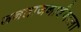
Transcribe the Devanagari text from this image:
जनताजनार्दनाला